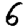
Digit: 6